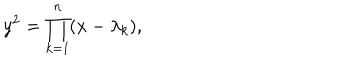
y ^ { 2 } = \prod _ { k = 1 } ^ { n } ( x - \lambda _ { k } ) ,